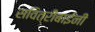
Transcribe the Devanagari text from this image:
सवित्रीबाईंनी